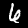
Digit: 6